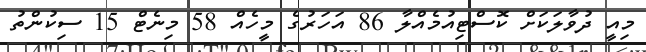
މިއީ ދުވާލަކަށް ކޮސްޓިއުމެއްލާ 86 އަހަރުގެ މީހެއް 58 މިނެޓް 15 ސިކުންތު